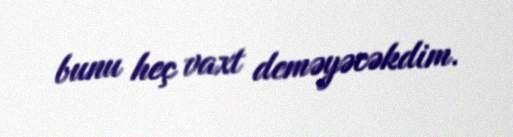
bunu heç vaxt deməyəcəkdim.